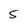
Character: 5